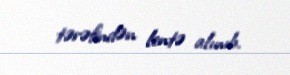
tərəfindən lentə alınıb.